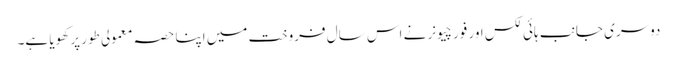
دوسری جانب ہائی لکس اور فورچیونر نے اس سال فروخت میں اپنا حصہ معمولی طور پر کھویا ہے۔